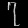
Digit: ၇